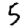
Digit: 5